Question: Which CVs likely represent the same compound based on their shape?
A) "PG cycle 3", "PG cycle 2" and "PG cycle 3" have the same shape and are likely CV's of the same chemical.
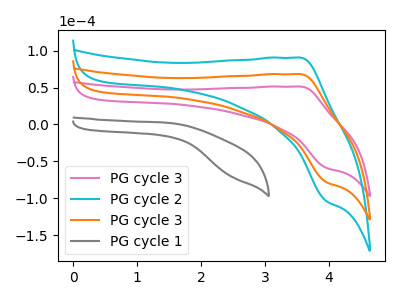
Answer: <think>The pink curve "PG cycle 3" has an anodic peak at (3.55V, 51.35uA) and a cathodic peak at (3.95V, -58.85uA). The cyan curve "PG cycle 2" has an anodic peak at (3.55V, 136.35uA) and a cathodic peak at (3.95V, -156.30uA). The orange curve "PG cycle 3" has an anodic peak at (3.55V, 68.20uA) and a cathodic peak at (3.95V, -78.15uA). The gray curve "PG cycle 1" has no peaks.
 All the peaks in "PG cycle 3" have a peak in "PG cycle 2" at the same potential. Every peak in "PG cycle 3" is lower than every peak in "PG cycle 2". All the peaks in "PG cycle 3" have a peak in "PG cycle 3" at the same potential. Every peak in "PG cycle 3" is lower than every peak in "PG cycle 3". "PG cycle 3" and "PG cycle 1" have a different number of peaks. All the peaks in "PG cycle 2" have a peak in "PG cycle 3" at the same potential. Every peak in "PG cycle 2" is higher than every peak in "PG cycle 3". "PG cycle 2" and "PG cycle 1" have a different number of peaks. "PG cycle 3" and "PG cycle 1" have a different number of peaks.</think>
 <answer>A) "PG cycle 3", "PG cycle 2" and "PG cycle 3" have the same shape and are likely CV's of the same chemical.</answer>
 <eval>A</eval>